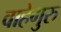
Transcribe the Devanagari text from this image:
वाहेगुरु